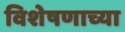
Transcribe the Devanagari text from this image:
विशेषणाच्या